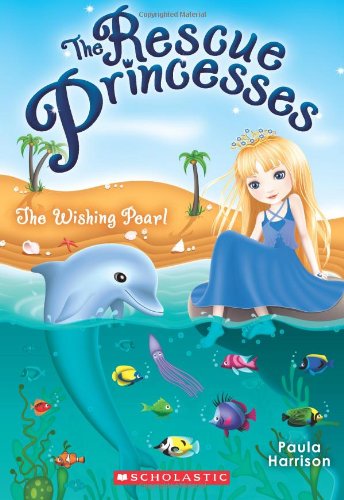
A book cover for The Rescue Princesses #2: Wishing Pearl; Paula Harrison; Children's Books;